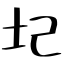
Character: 圮